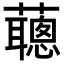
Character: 𧃿